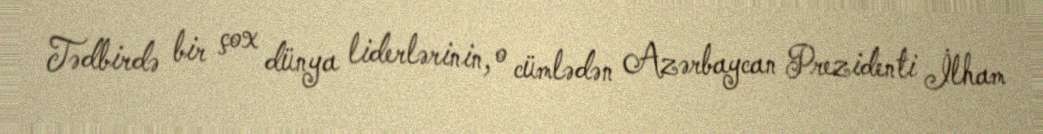
Tədbirdə bir çox dünya liderlərinin, o cümlədən Azərbaycan Prezidenti İlham